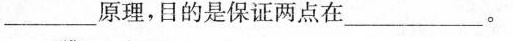
___原理，目的是保证两点在___。